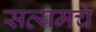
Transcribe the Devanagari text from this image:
सत्यमचे